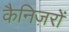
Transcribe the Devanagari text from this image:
कैनिज़रों